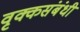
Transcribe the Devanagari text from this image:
वृक्कसंबंधी